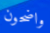
واضحون